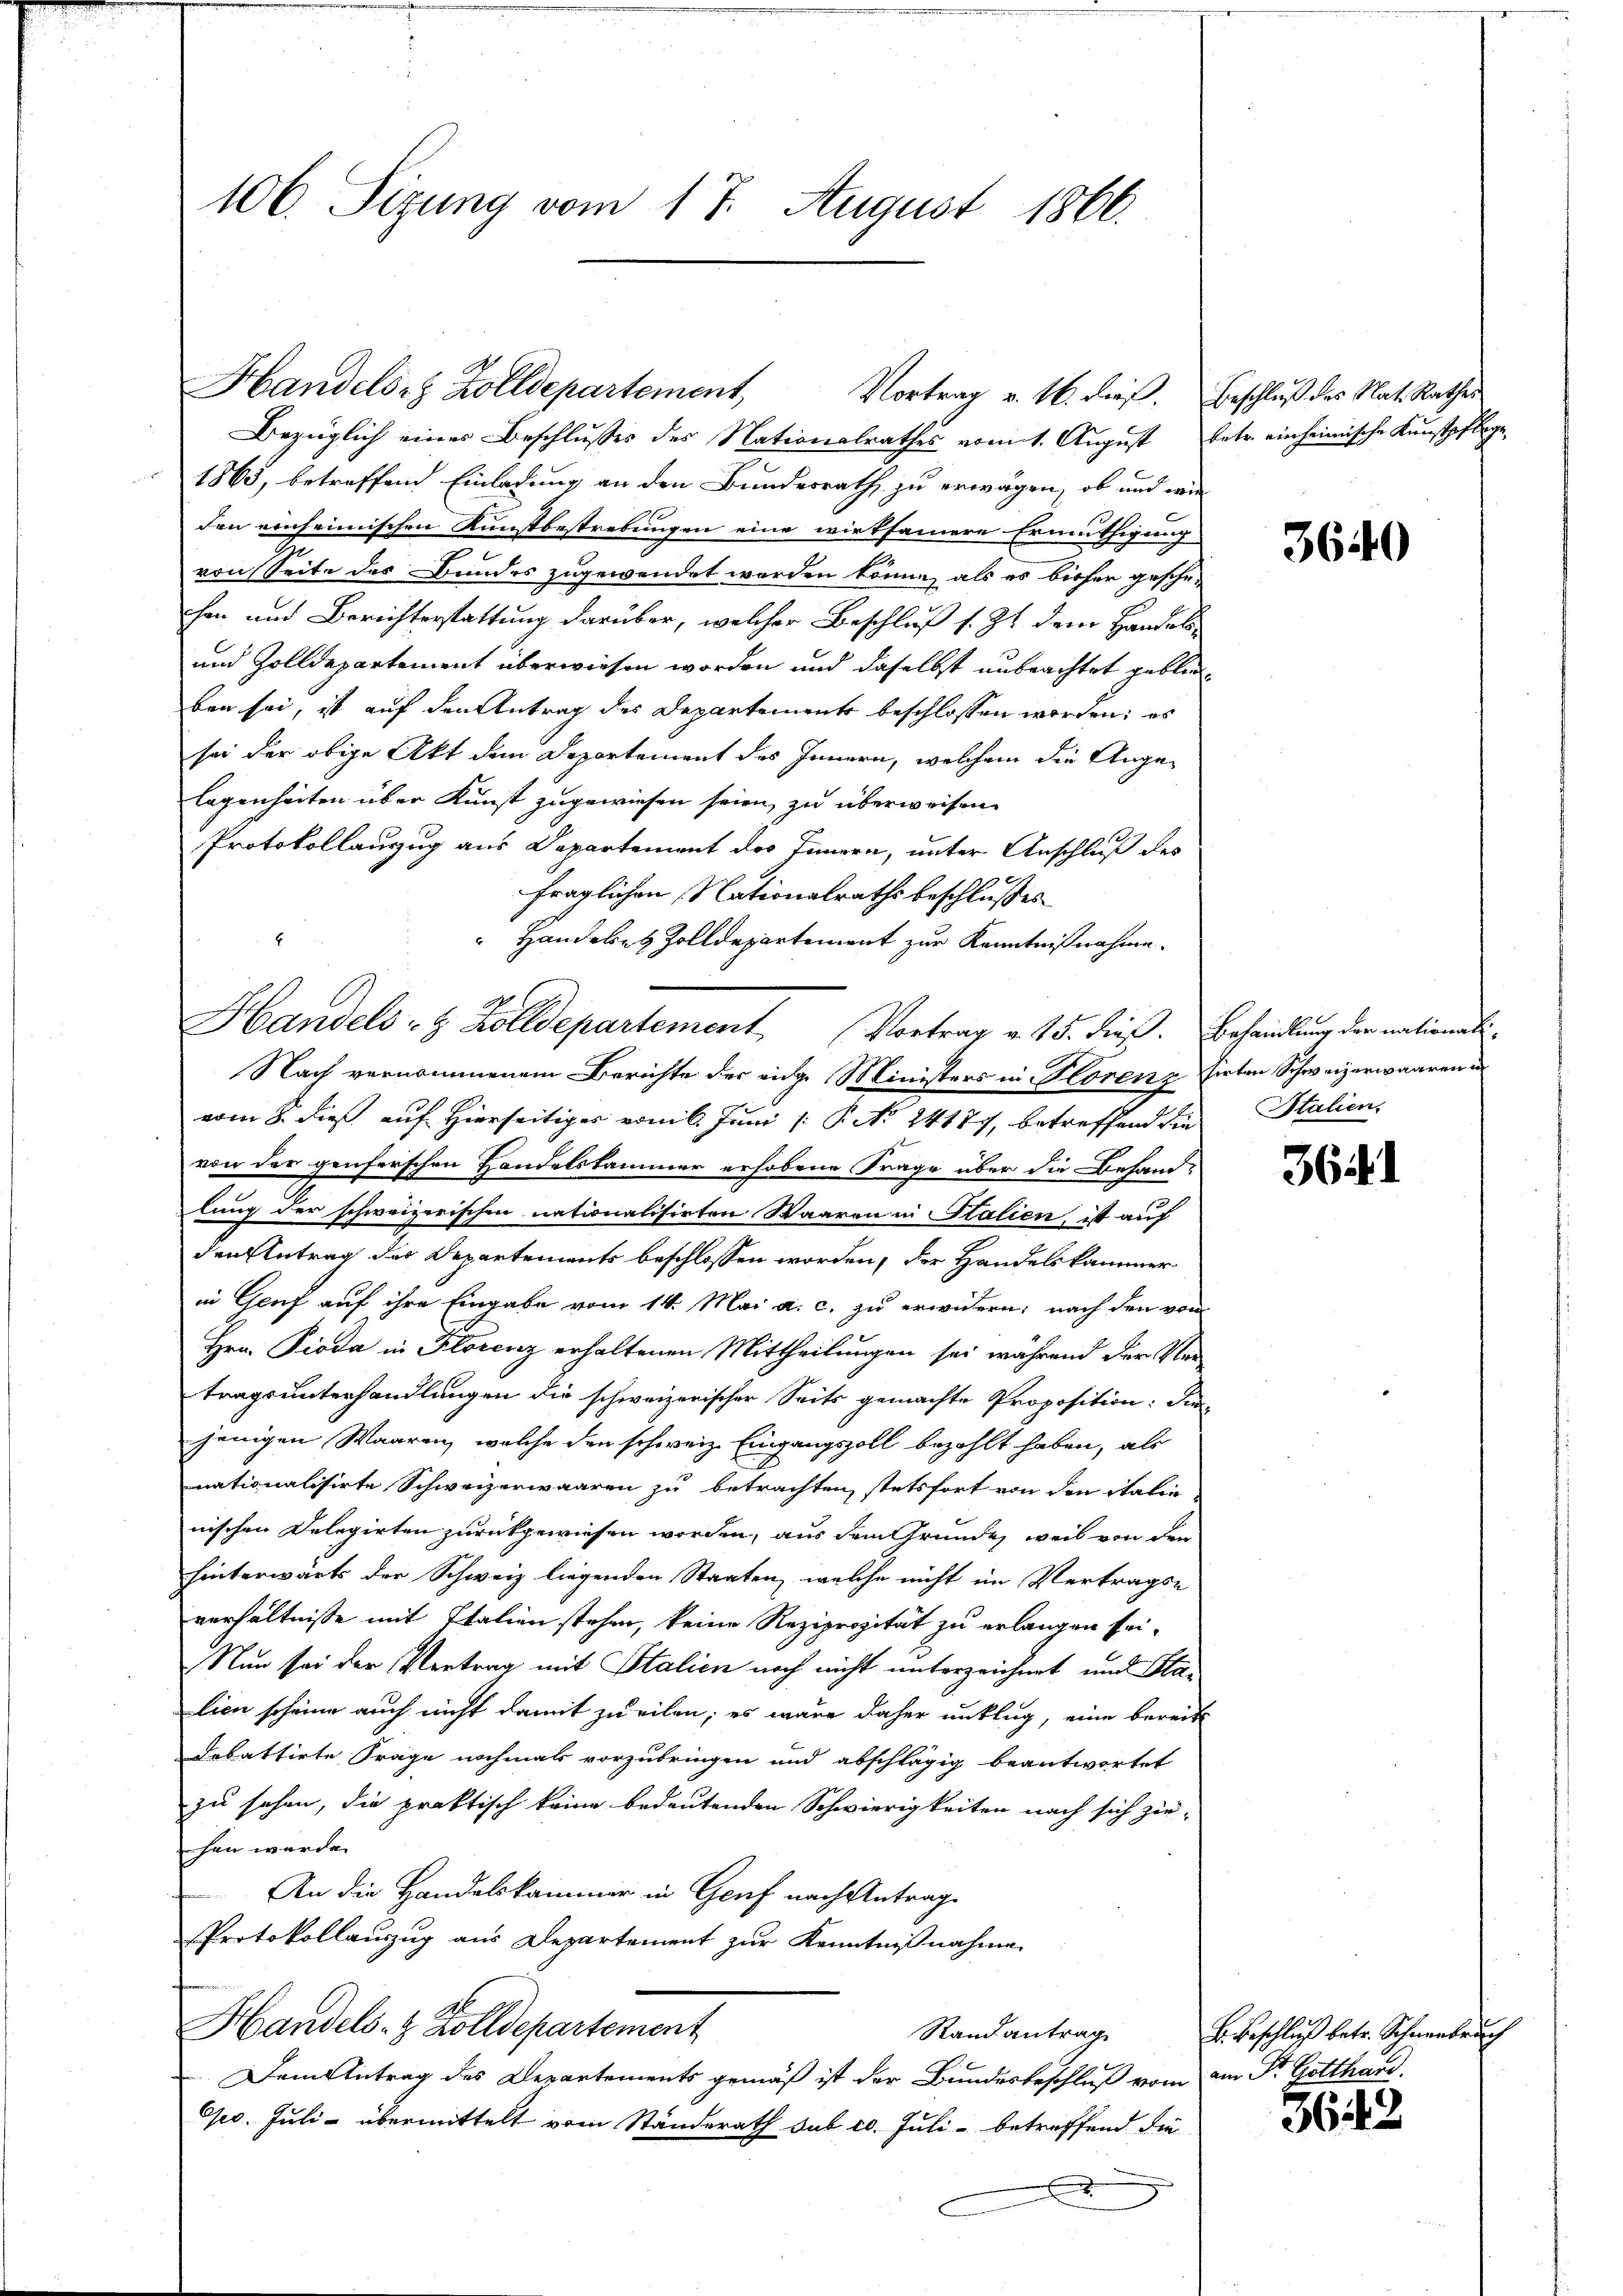
106. Sizung vom 17. August 1866.

Bezüglich eines Beschlusses des Nationalrathes vomit. August betr. einheimische Kunstpflege
1865, betreffend Einladung an den Bundesrath zu erwägen, ob und wie
den einheimischen Kunstbestrebungen eine wirksamere Ermuthigung
von Seite des Bundes zugewendet worden könne, als es bisher geschehen und Berichterstattung darüber, welcher Beschluß s. Zt. dem Handels¬
und Zolldepartement überwiesen worden und daselbst anbrachtet geblieben sei, ist auf den Antrag des Departements beschlossen worden; es
sei der obige Akt dem Departement des Innern, welchem die Angelagenheiten über Kunst zugewiesen seien, zu überweisen.
Protokollauszug aus Departement des Innern, unter Anschluß des
fraglichen Nationalraths beschlußes
 Handele Zolldepartement zur Kenntnißnahme.
Nach vernommenem Berichte des eidg. Ministers in Florenz sirten Schweizerwaaren un
vom 8. dieß auf Hierseitiger vom 6. Juni /: P. Nr. 24177, betreffend den Stalien,
von der genferschen Handelskammer erhobene Frage über die Besandlung der schweizerischen nationalisirten Waaren in Italien, ist auf
den Antrag der Departements beschlossen worden, der Handelskammer
in Genf auf ihre Eingabe vom 14. Mai a. c. zu erwidern; nach den von
Hrn. Pioda in Florenz erhaltenen Mittheilungen sei während der Ver-
tragsunterhandlungen die schweizerischer Seits gemachte Proposition: Sie
jenigen Waaren, welche den schweiz. Eingangszoll bezahlt haben, als
nationalisirte Schweizerwaaren zu betrachten, stetsfort von den italie
nischen Delegirten zurückgewiesen worden, aus dem Grunde, weil von den
hinterwärts der Schweiz liegenden Staaten, welche nicht im Vertrags-
verhältnisse mit Italien stehen, keine Reziprozität zu erlangen sei.
Nun sei der Vertrag mit Stalien noch nicht unterzeichnet und Stalien scheine auch nicht damit zu eilen; es wäre daher unklug, eine bereit
debattirte Frage nochmals vorzubringen und abschlägig beantwortet
zu sehen, die praktisch keine bedeutenden Schwierigkeiten nach sich zie-
hen wurde.
An die Handelskammer in Genf nach Antrage
Protokollauszug aus Departement zur Kenntnißnahme
Handels- & Zolldepartement
Randantrag
Dem Antrag des Departements gemäß ist der Bundesbeschluß vom am Dr. Gotthard.
o. Juli - übermittelt vom Standerath sub 20. Juli - betreffend die

Handels- & Zolldepartement,

Vortrag v. M. dieß. Beschluß des Nat. Rathes

Handels- & Zolldepartement Vortrag v. 15. dieß. Behandlung der nationali¬

3640

364. 1

B. Beschluß betr. Schneebruch

3643